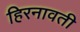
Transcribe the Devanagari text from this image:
हिरनावती